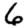
Digit: 6